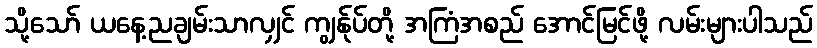
သို့သော် ယနေ့ညချမ်းသာလျှင် ကျွန်ုပ်တို့ အကြံအစည် အောင်မြင်ဖို့ လမ်းများပါသည်